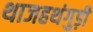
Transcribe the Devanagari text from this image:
थाजहथंगुड़ी